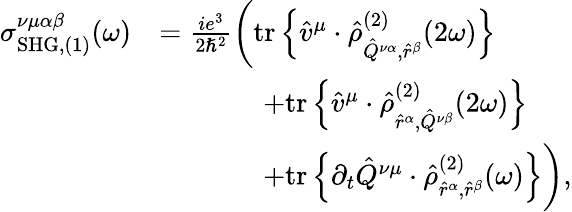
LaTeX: \begin{array}{rl}{\sigma_{\mathrm{SHG},(1)}^{\nu\mu\alpha\beta}(\omega)}&{=\frac{ie^{3}}{2\hslash^{2}}\bigg(\mathrm{tr}\left\{ \hat{v}^{\mu}\cdot\hat{\rho}_{\hat{Q}^{\nu\alpha},\hat{r}^{\beta}}^{(2)}(2\omega)\right\} }\\ &{\, \, \, \, \, \, \, \, \, \, \, \, \, \, \, \, \, \, \, \, \, \, +\mathrm{tr}\left\{ \hat{v}^{\mu}\cdot\hat{\rho}_{\hat{r}^{\alpha},\hat{Q}^{\nu\beta}}^{(2)}(2\omega)\right\} }\\ &{\, \, \, \, \, \, \, \, \, \, \, \, \, \, \, \, \, \, \, \, \, \, +\mathrm{tr}\left\{ \partial_{t}\hat{Q}^{\nu\mu}\cdot\hat{\rho}_{\hat{r}^{\alpha},\hat{r}^{\beta}}^{(2)}(\omega)\right\} \bigg)\mathrm{,}}\end{array}